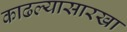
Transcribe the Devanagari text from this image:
काढल्यासारखा